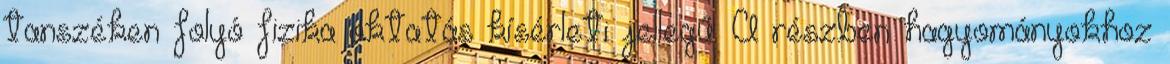
tanszéken folyó fizika oktatás kísérleti jellegű. A részben hagyományokhoz